Vaccination in Burma 1889-1999 - 1889-1999
Year: 1889
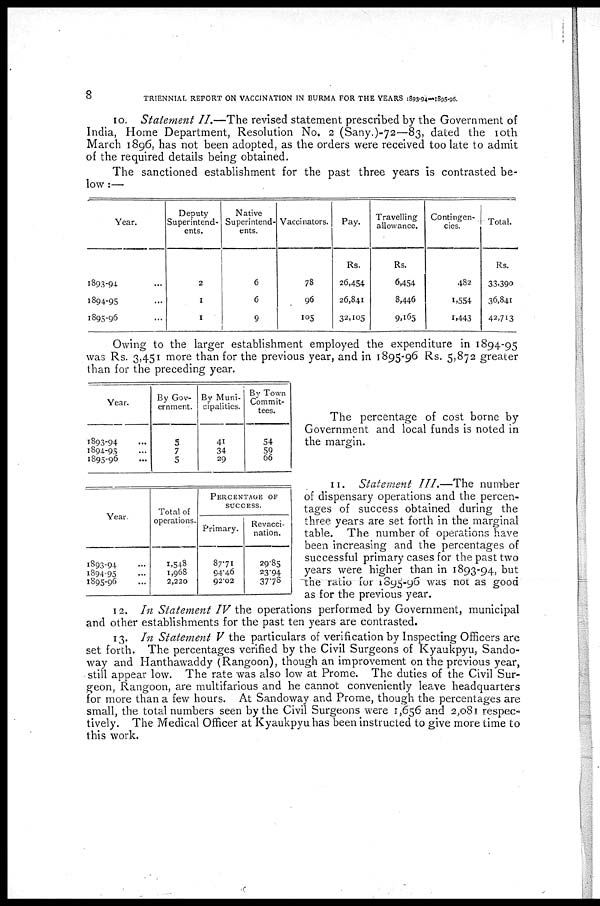
8
TRIENNIAL REPORT ON VACCINATION IN BURMA FOR THE YEARS 1893-94—1895-96.
10. Statement II.—The revised statement prescribed by the Government of
India, Home Department, Resolution No. 2 (Sany.)-72—83, dated the 10th
March 1896, has not been adopted, as the orders were received too late to admit
of the required details being obtained.
The sanctioned establishment for the past three years is contrasted be-
low :—
Year.
1893-94 ...
1894-95 ...
1895-96 ...
Deputy
Superintend-
ents.
2
1
1
Native
Superintend-
ents.
6
6
9
Vaccinators.
78
96
105
Pay.
Rs.
26,454
26,841
32,105
Travelling
allowance.
Rs.
6,454
8,446
9.165
Contingen-
cies.
482
1,554
1,443
Total.
Rs.
33,390
36,841
42,713
Owing to the larger establishment employed the expenditure in 1894-95
was Rs. 3,451 more than for the previous year, and in 1895-96 Rs. 5,872 greater
than for the preceding year.
Year.
1893-94 ...
1894-95 ...
1895-96 ...
By Gov-
ernment.
5
7
5
By Muni-
cipalities.
41
34
29
By Town
Commit-
tees.
54
59
66
The percentage of cost borne by
Government and local funds is noted in
the margin.
Year.
1893-94 ...
1894-95 ...
1895-96 ...
Total of
operations.
1,548
1,968
2,220
PERCENTAGE OF
SUCCESS.
Primary.
87.71
94.46
92.02
Revacci-
nation.
29.85
23.94
37.78
11. Statement III.—The number
of dispensary operations and the percen-
tages of success obtained during the
three years are set forth in the marginal
table. The number of operations have
been increasing and the percentages of
successful primary cases for the past two
years were higher than in 1893-94, but
the ratio for 1895-96 was not as good
as for the previous year.
12. In Statement IV the operations performed by Government, municipal
and other establishments for the past ten years are contrasted.
13. In Statement V the particulars of verification by Inspecting Officers are
set forth. The percentages verified by the Civil Surgeons of Kyaukpyu, Sando-
way and Hanthawaddy (Rangoon), though an improvement on the previous year,
still appear low. The rate was also low at Prome. The duties of the Civil Sur-
geon, Rangoon, are multifarious and he cannot conveniently leave headquarters
for more than a few hours. At Sandoway and Prome, though the percentages are
small, the total numbers seen by the Civil Surgeons were 1,656 and 2,081 respec-
tively. The Medical Officer at Kyaukpyu has been instructed to give more time to
this work.